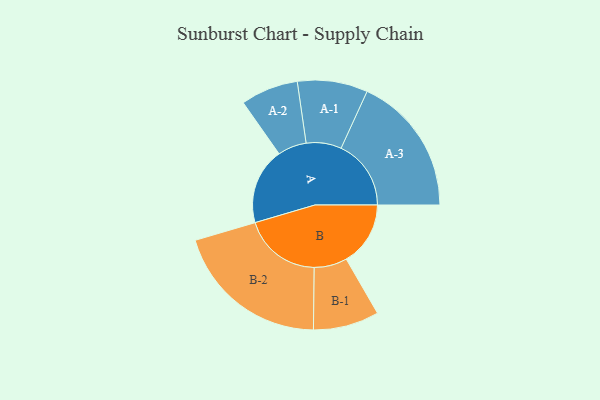
{"axis": {"x": "Segment", "y": "Value"}, "legend": ["", "A", "B"], "data": [{"x": "A", "y": 276, "type": ""}, {"x": "B", "y": 232, "type": ""}, {"x": "A-1", "y": 127, "type": "A"}, {"x": "A-2", "y": 104, "type": "A"}, {"x": "A-3", "y": 253, "type": "A"}, {"x": "B-1", "y": 119, "type": "B"}, {"x": "B-2", "y": 282, "type": "B"}]}